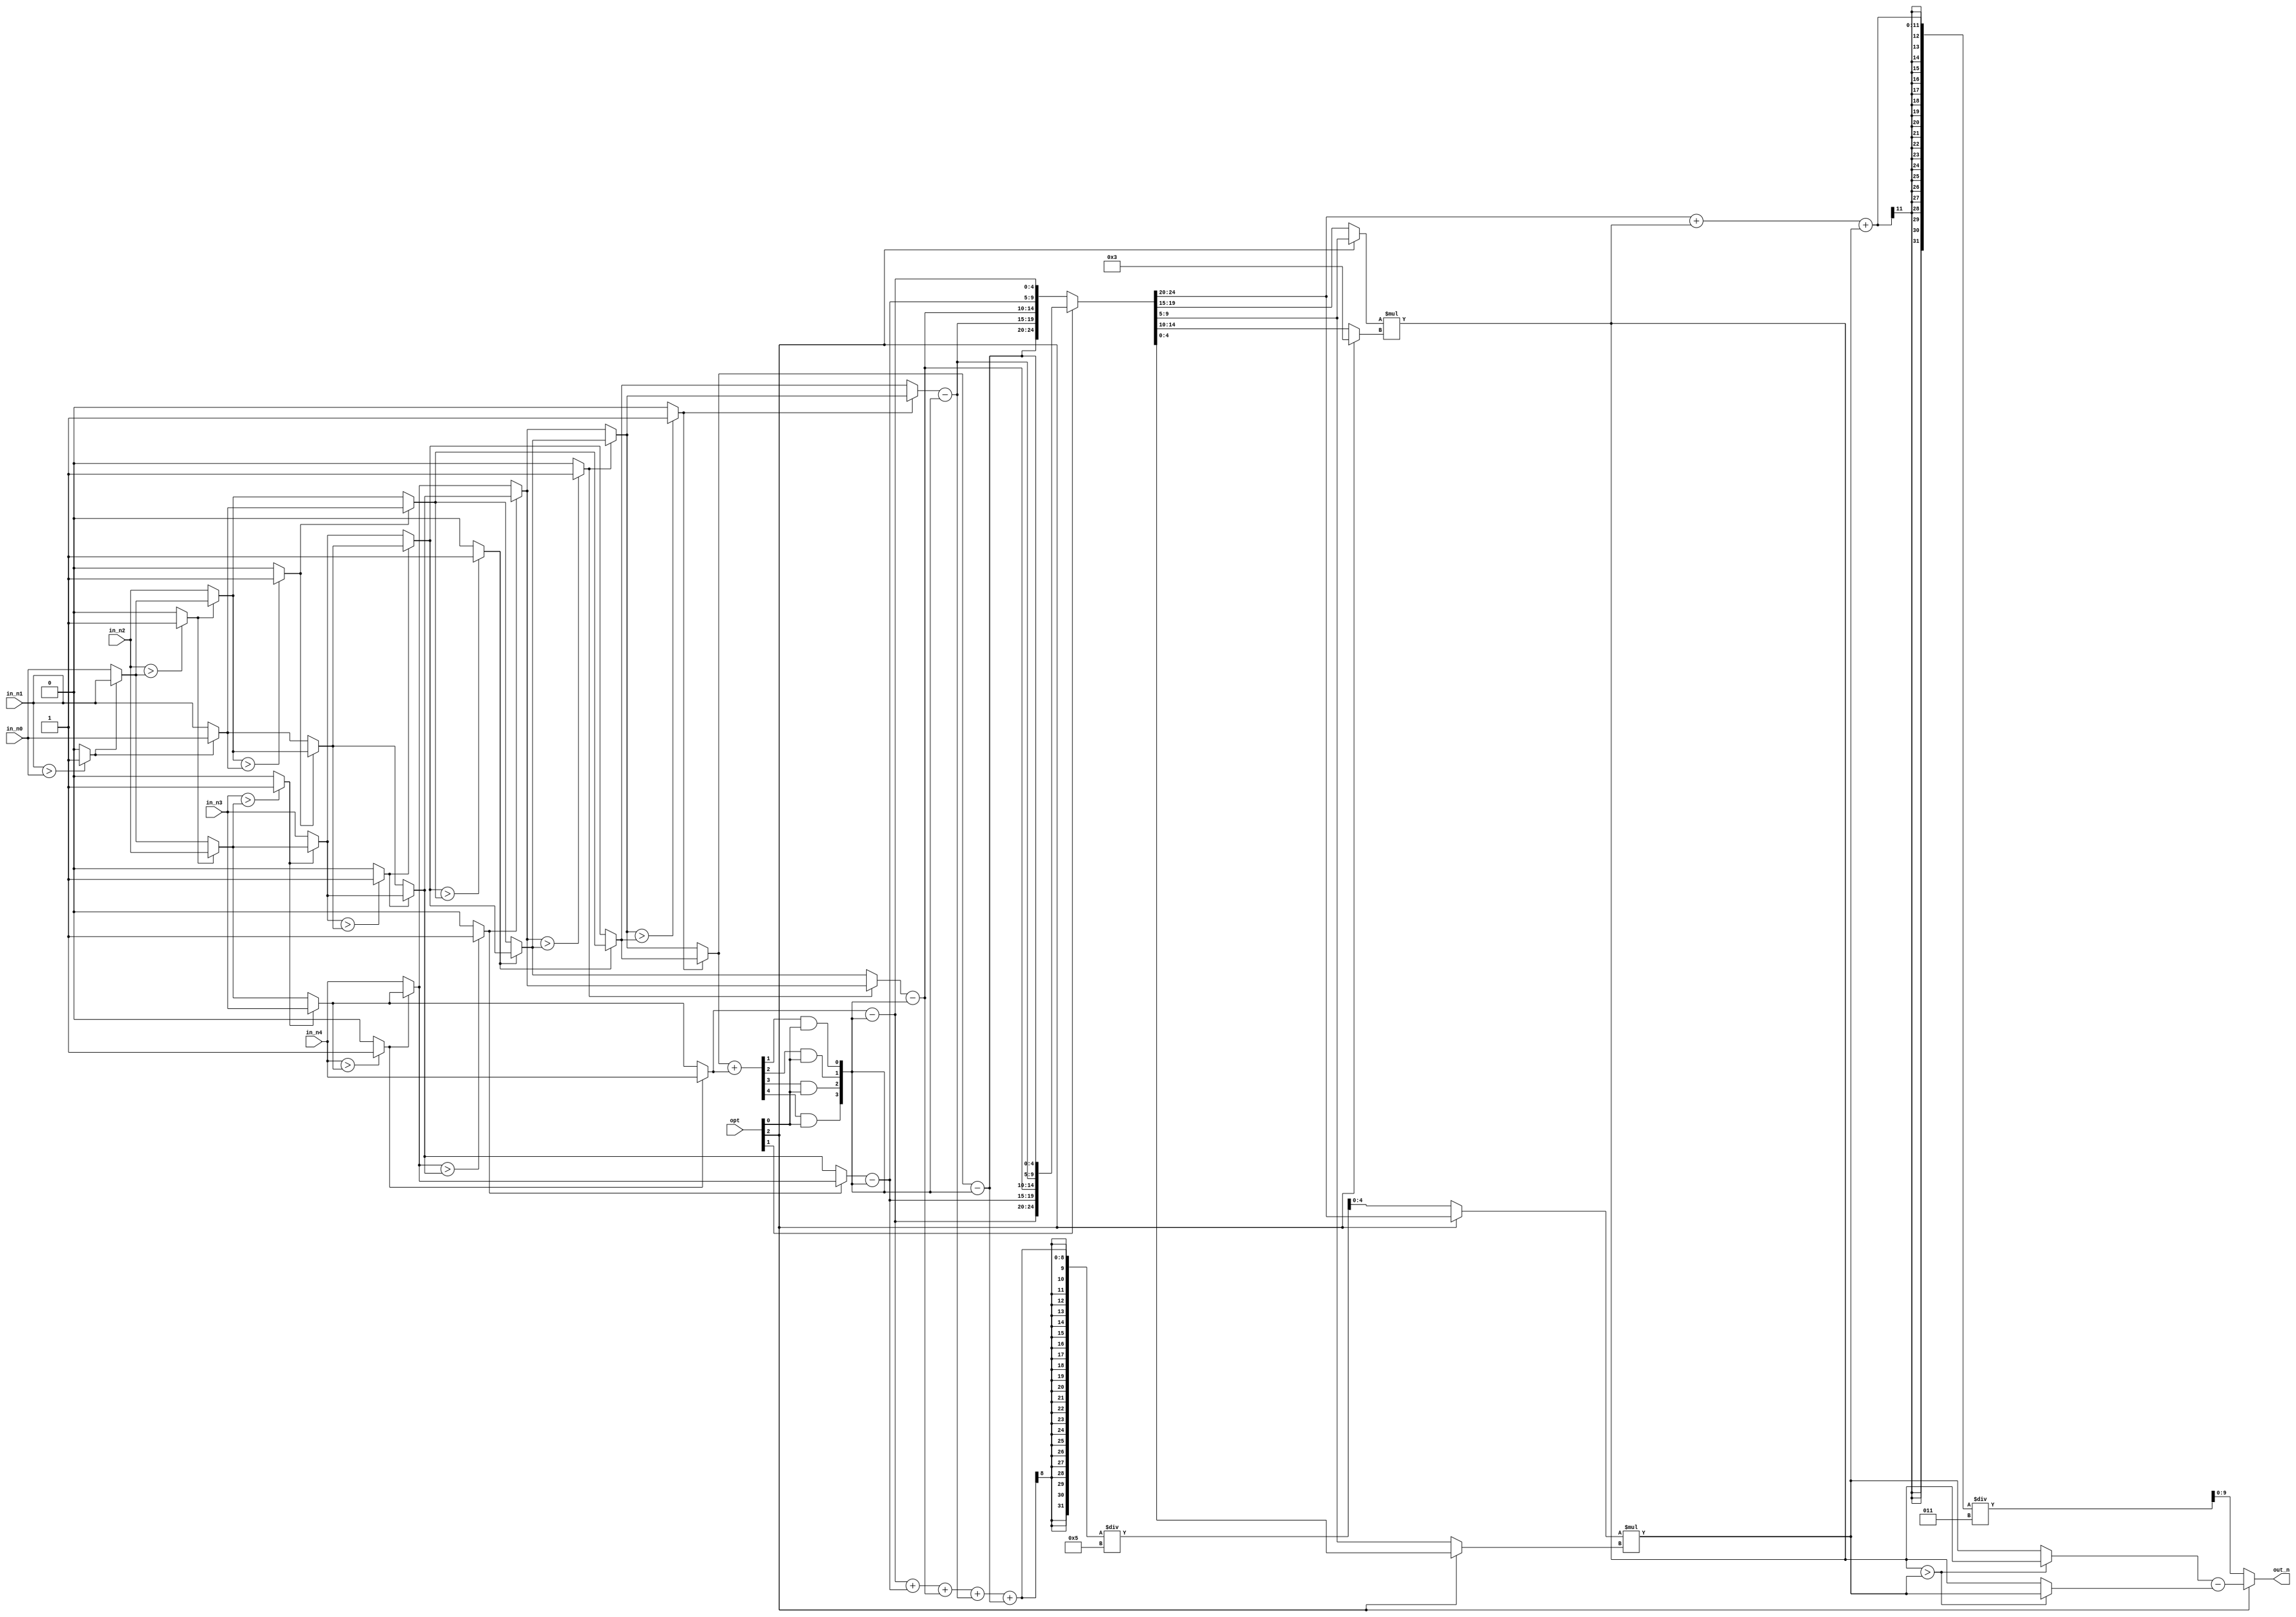
module CC(opt, in_n0, in_n1, in_n2, in_n3, in_n4, out_n);
//================================================================
//   INPUT AND OUTPUT DECLARATION
//================================================================
input [3:0] in_n0, in_n1, in_n2, in_n3, in_n4;
input [2:0] opt;
output wire signed [9:0] out_n;
//================================================================
//    Wire & Registers
//================================================================
wire [3:0] layer_a0, layer_a1, layer_a2, layer_a3, layer_a4, layer_a5, layer_a6, layer_a7;
wire [3:0] layer_b0, layer_b1, layer_b2, layer_b3, layer_b4, layer_b5;
wire [3:0] layer_c0, layer_c1, layer_c2, layer_c3;
wire [3:0] layer_d0, layer_d1;
wire [4:0] normalize;
wire  [4:0] average;
wire signed [4:0] one, two, three, four, five;
wire signed [4:0] mult_0a, mult_0b, mult_1a, mult_1b;
wire signed [9:0] mult_0, mult_1;
wire signed [4:0] n0, n1, n2, n3, n4;
wire signed [9:0] compare_a, compare_b;
wire signed [9:0] eq_1, eq_2;
wire compare1, compare2, compare3, compare4, compare5, compare6, compare7, compare8, compare9, compare10;
wire [3:0] result;
//================================================================
//    SORT
//================================================================
//    layer_a
assign compare1 = (in_n1 > in_n0)? 1'b1 : 1'b0;
assign layer_a0 = (compare1)? in_n0 : in_n1;
assign layer_a1 = (compare1)? in_n1 : in_n0;
assign compare2 = (in_n2 > layer_a1)? 1'b1 : 1'b0;
assign layer_a2 = (compare2)? layer_a1 : in_n2;
assign layer_a3 = (compare2)? in_n2 : layer_a1;
assign compare3 = (in_n3 > layer_a3)? 1'b1 : 1'b0;
assign layer_a4 = (compare3)? layer_a3 : in_n3;
assign layer_a5 = (compare3)? in_n3 : layer_a3;
assign compare4 = (in_n4 > layer_a5)? 1'b1 : 1'b0;
assign layer_a6 = (compare4)? layer_a5 : in_n4;
assign layer_a7 = (compare4)? in_n4 : layer_a5; //

//    layer_b
assign compare5 = (layer_a2 > layer_a0)? 1'b1 : 1'b0;
assign layer_b0 = (compare5)? layer_a0 : layer_a2;
assign layer_b1 = (compare5)? layer_a2 : layer_a0;
assign compare6 = (layer_a4 > layer_b1)? 1'b1 : 1'b0;
assign layer_b2 = (compare6)? layer_b1 : layer_a4;
assign layer_b3 = (compare6)? layer_a4 : layer_b1;
assign compare7 = (layer_a6 > layer_b3)? 1'b1 : 1'b0;
assign layer_b4 = (compare7)? layer_b3 : layer_a6;
assign layer_b5 = (compare7)? layer_a6 : layer_b3; //

//    layer_c
assign compare8 = (layer_b2 > layer_b0)? 1'b1 : 1'b0;
assign layer_c0 = (compare8)? layer_b0 : layer_b2;
assign layer_c1 = (compare8)? layer_b2 : layer_b0;
assign compare9 = (layer_b4 > layer_c1)? 1'b1 : 1'b0;
assign layer_c2 = (compare9)? layer_c1 : layer_b4;
assign layer_c3 = (compare9)? layer_b4 : layer_c1; //

//    layer_d
assign compare10 = (layer_c2 > layer_c0)? 1'b1 : 1'b0;
assign layer_d0 = (compare10)? layer_c0 : layer_c2; //
assign layer_d1 = (compare10)? layer_c2 : layer_c0; //

assign {n0, n1, n2, n3, n4} = (opt[1])? {one, two, three, four, five} : {five, four, three, two, one};
//================================================================
//    AVERAGE
//================================================================
assign average = (one + two + three + four + five) / 5;

//================================================================
//    NORMALIZATION
//================================================================
assign normalize = (layer_d0 + layer_a7) >> 1;
assign result = { normalize[3] && opt[0], normalize[2] && opt[0], normalize[1] && opt[0], normalize[0] && opt[0]};
assign one = layer_a7 - result;
assign two = layer_b5 - result;
assign three = layer_c3 - result;
assign four = layer_d1 - result;
assign five = layer_d0 - result;

//================================================================
//    CALCULATION
//================================================================
//    mult_0
assign mult_0a = (opt[2])? n3 : n1;
assign mult_0b = (opt[2])? 5'd3 : n2;
assign mult_0 = mult_0a*mult_0b;

//    mult_1
assign mult_1a = (opt[2])? n0 : average;
assign mult_1b = (opt[2])? n4 : n3;
assign mult_1 = mult_1a*mult_1b;

//    eq1
assign compare_a = (mult_0 > mult_1)? mult_0 : mult_1;
assign compare_b = (mult_0 > mult_1)? mult_1 : mult_0;
assign eq_1 = compare_a - compare_b;

//    eq2
assign eq_2 = (n0 + mult_0 + mult_1)/3;

//================================================================
//    OUT
//================================================================
assign out_n = (opt[2])? eq_1 : eq_2;

endmodule